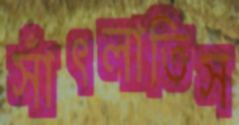
সাঁৎলাতিস